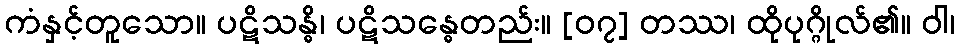
ကံနှင့်တူသော။ ပဋိသန္ဓိ၊ ပဋိသန္ဓေတည်း။ [၀၇] တဿ၊ ထိုပုဂ္ဂိုလ်၏။ ဝါ၊